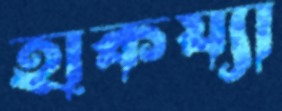
হাকয্যা